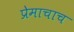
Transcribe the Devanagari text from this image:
प्रेमाचाच